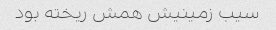
سیب زمینیش همش ریخته بود